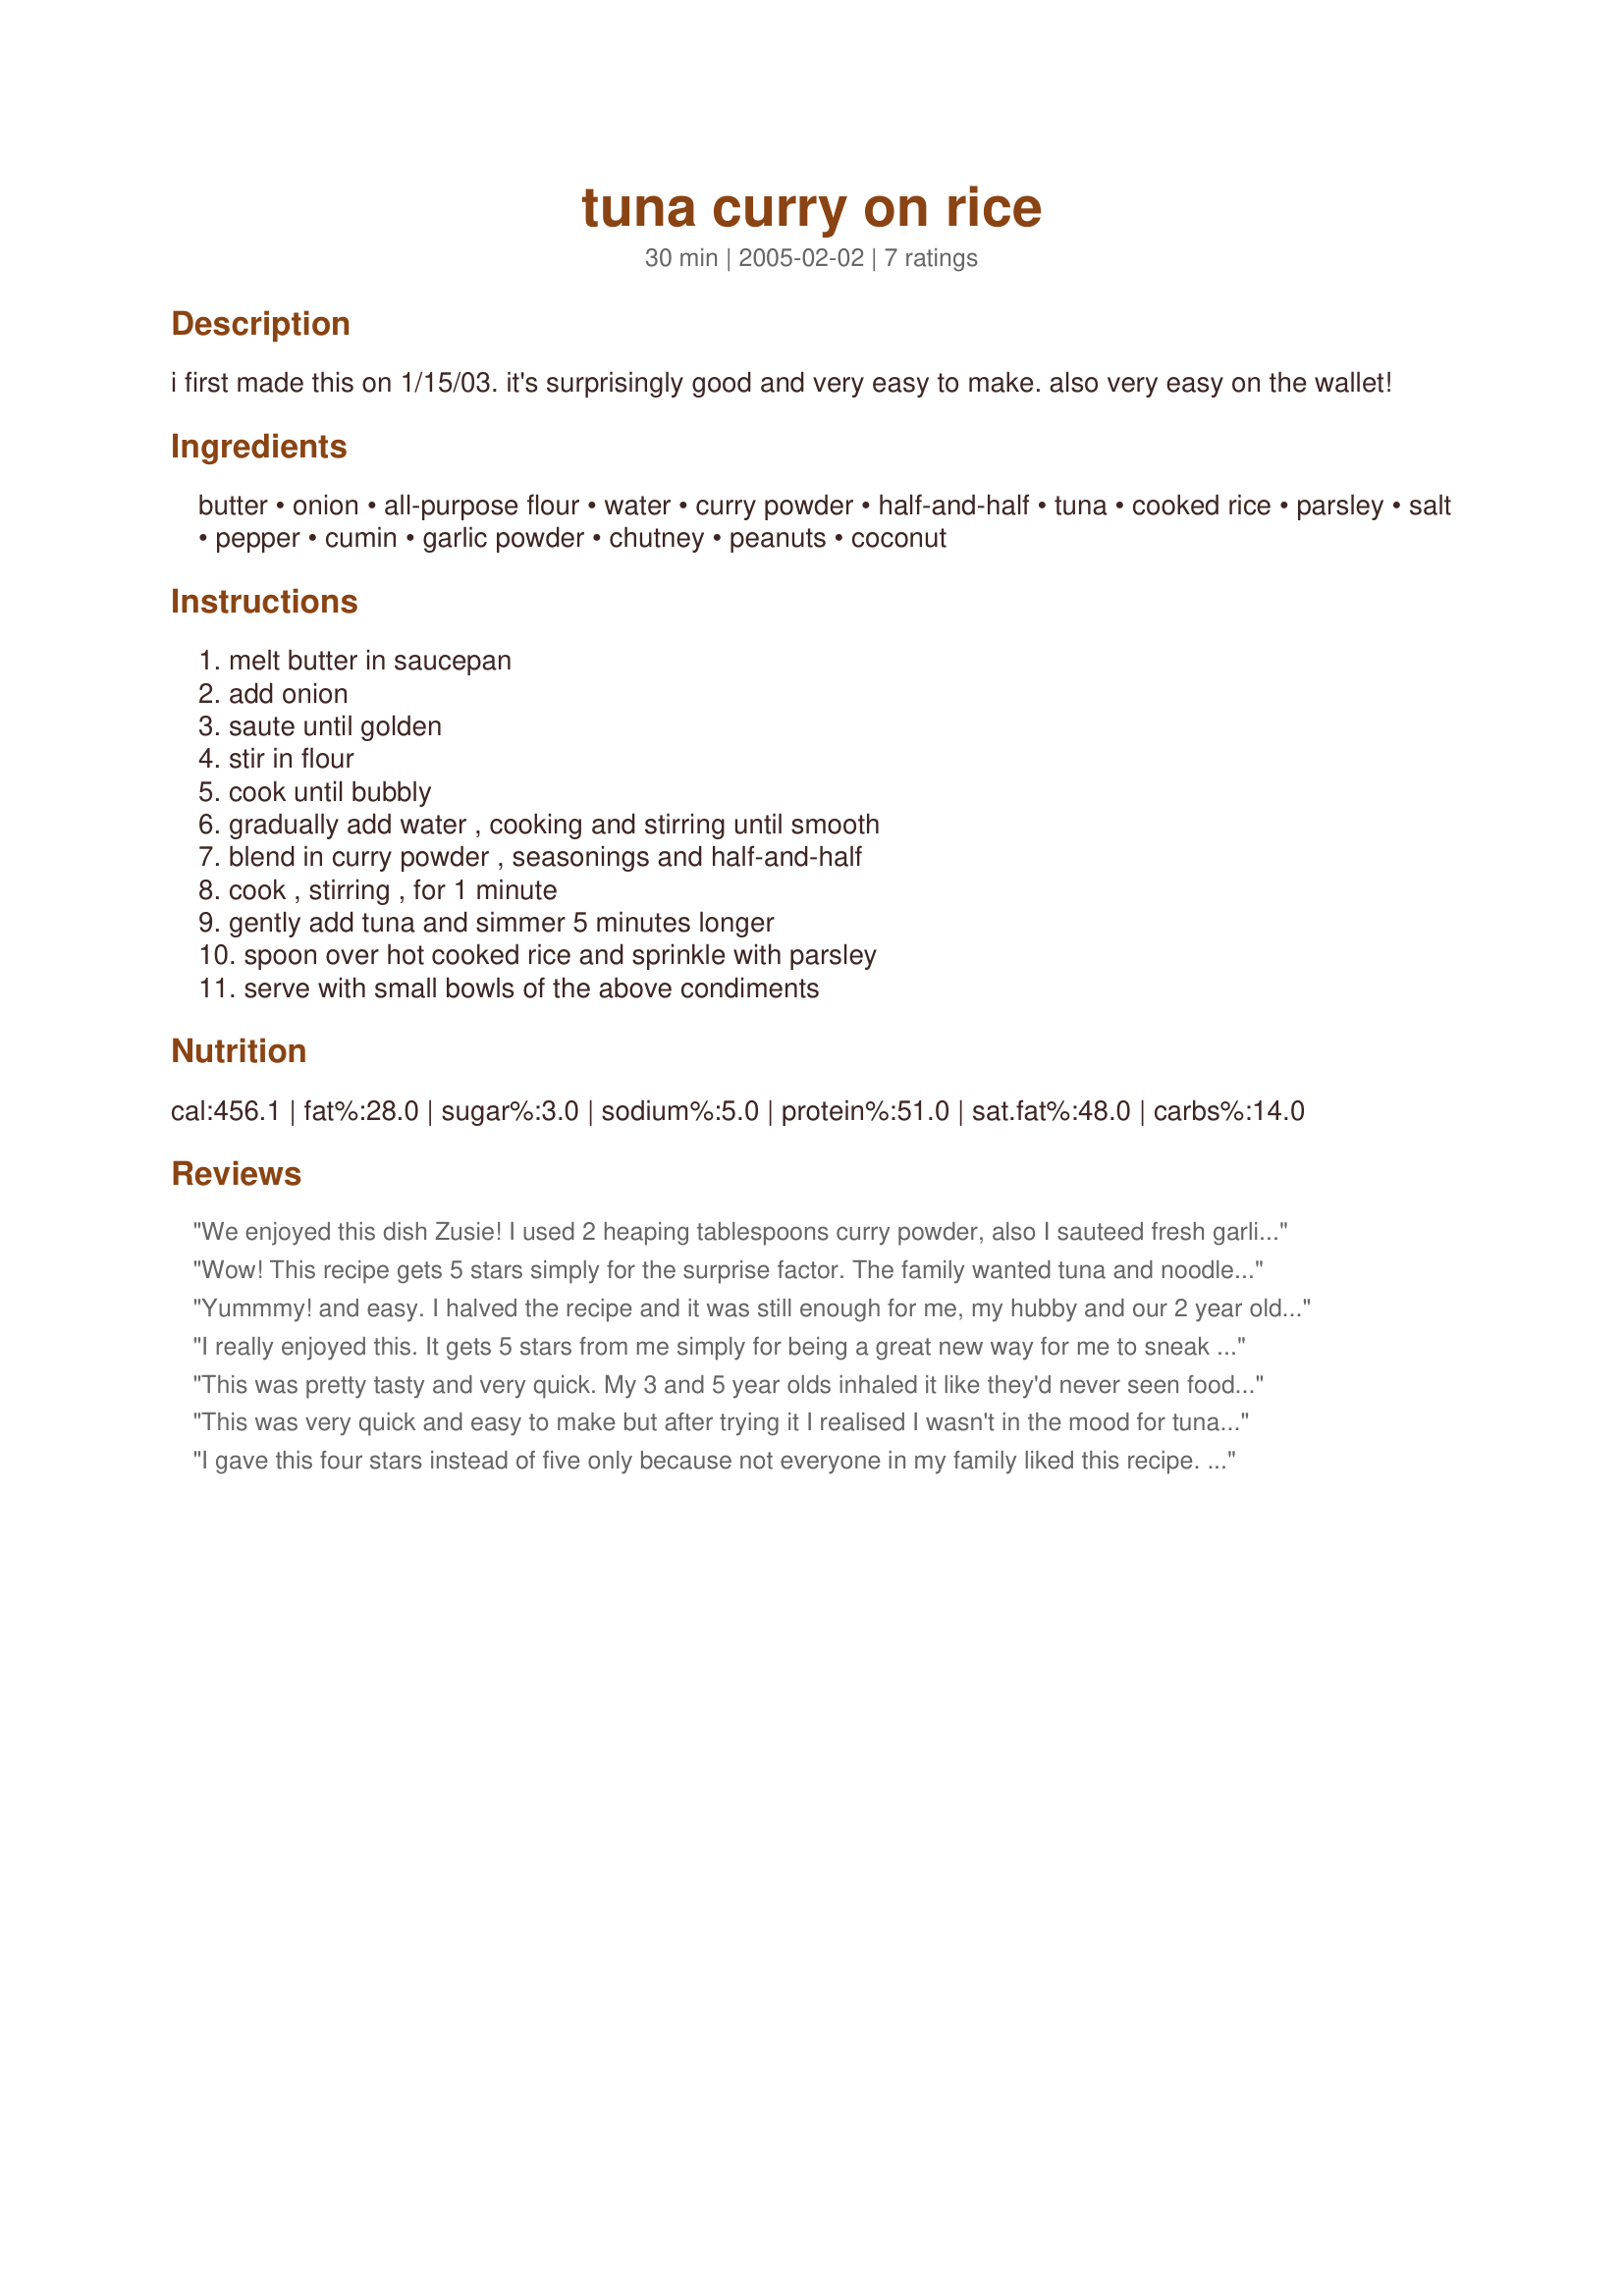
tuna curry on rice
Preparation time: 30 minutes

i first made this on 1/15/03. it's surprisingly good and very easy to make. also very easy on the wallet!

Ingredients:
butter, onion, all-purpose flour, water, curry powder, half-and-half, tuna, cooked rice, parsley, salt, pepper, cumin, garlic powder, chutney, peanuts, coconut

Steps:
melt butter in saucepan, add onion, saute until golden, stir in flour, cook until bubbly, gradually add water , cooking and stirring until smooth, blend in curry powder , seasonings and half-and-half, cook , stirring , for 1 minute, gently add tuna and simmer 5 minutes longer, spoon over hot cooked rice and sprinkle with parsley, serve with small bowls of the above condiments

Reviews:
We enjoyed this dish Zusie! I used 2 heaping tablespoons curry powder, also I sauteed fresh garlic and a jalapeno pepper with the onion, also I used cooked chicken in place of the tuna. This is a wonderful dish, thanks for sharing hon!...Kitten:)
Wow! This recipe gets 5 stars simply for the surprise factor. The family wanted tuna and noodles, but I had tuna and rice in the cupboard and the oven was in self-clean mode and useable. I came looking for a recipe I could make on the stove with tuna and rice.<br/><br/>At first this recipe did not look appealing at all. Tuna and curry???? Never thought of it before. Well, I made it and LOVED it. DH loved it too. He had to ask what kind of fish I used. It tasted like a lot more than a can of tuna! Both the girls (5 & 8) asked for seconds. The 8 year old only gave it 3 stars, but I think it was because she was in the mood for the traditional casserole - oh, and I added frozen peas.<br/><br/>I made as below except instead of the water/half and half/flour I used I can of coconut milk as that is what I had in the house. I also used 3 cans tuna and added the peas to make it enough for our family.<br/><br/>Thanks! This recipe is a keeper I will make again!
Yummmy! and easy.
I halved the recipe and it was still enough for me, my hubby and our 2 year old for lunch. I also substituted chicken broth for water. Too bad I didn't find this recipe while pregnant because I would have saved a fortune in takeout since it tastes better, is faster and much cheaper. I admit was nervous about using tuna instead of chicken but the seasoning seemed to mellow the strong flavor of canned tuna in olive oil.
I really enjoyed this. It gets 5 stars from me simply for being a great new way for me to sneak more fish into my family's diet. Didn't taste "fishy" at all. Plus, it was extremely quick to put together!
This was pretty tasty and very quick. My 3 and 5 year olds inhaled it like they'd never seen food before. The 6 year old was just in a mood but I think he would've liked it too. Will definitely double the recipe next time though, as it doesn't make as much as it seems. Thanks Zusie!
This was very quick and easy to make but after trying it I realised I wasn't in the mood for tuna curry, so the rating is from my SO who enjoyed it very much. I used a 425 gm can of tuna in brine, brown onion, the full amount of curry powder, 1/2 tsp of garlic powder and the same of cumin. I'd add extra spices next time.
I gave this four stars instead of five only because not everyone in my family liked this recipe. I thought it was quite tasty :) The only change I made was to add a few bell peppers so we had some more veggies in our dinner. Thanks for the great recipe, I&#039;ll be making this again for at least the 3 of us who ate it! Oh, and we did add the peanuts which everyone liked.
